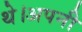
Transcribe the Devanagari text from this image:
थे।अपनी